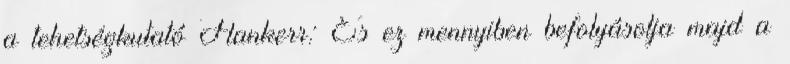
a tehetségkutató Flankerr: És ez mennyiben befolyásolja majd a